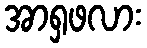
အာရှဖလား